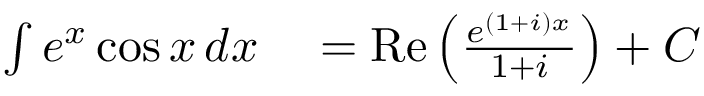
\begin{array} { r l } { \int e ^ { x } \cos x \, d x } & { { } = \operatorname { R e } \left( { \frac { e ^ { ( 1 + i ) x } } { 1 + i } } \right) + C } \end{array}